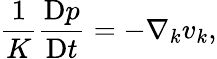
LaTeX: \frac{1}{K}\frac{\mathrm{D}p}{\mathrm{D}t}=-\nabla_{k}v_{k},